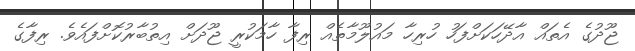
ޖޫދުގެ އެތައް އާދޭހަކަށްފަހު ހުރިހާ މައުލޫމާތެއް ރިފާ ހާމަކުރީ ޖޫދަށް އިތުބާރުކޮށްފައެވެ. ރިފާގެ